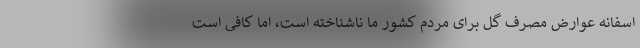
اسفانه عوارض مصرف گل برای مردم کشور ما ناشناخته است، اما کافی است